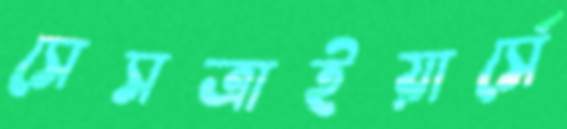
সেসত্রাইয়ার্সে